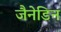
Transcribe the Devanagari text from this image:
जैनेडिन